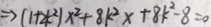
\Rightarrow ( 1 + 2 k ^ { 2 } ) x ^ { 2 } + 8 k ^ { 2 } x + 8 k ^ { 2 } - 8 = 0